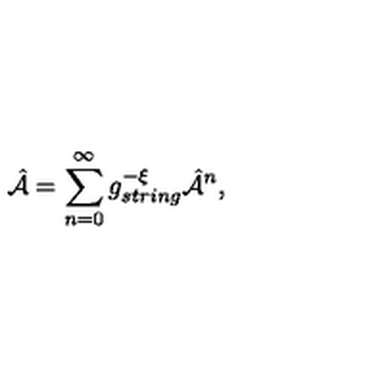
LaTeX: { \hat { \cal A } } = \sum _ { n = 0 } ^ { \infty } g _ { s t r i n g } ^ { - { \cal \xi } } { \hat { \cal A } } ^ { n } ,